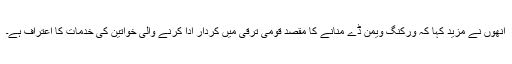
انھوں نے مزید کہا کہ ورکنگ ویمن ڈے منانے کا مقصد قومی ترقی میں کردار ادا کرنے والی خواتین کی خدمات کا اعتراف ہے۔